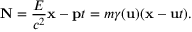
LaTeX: \mathbf { N } = { \frac { E } { c ^ { 2 } } } \mathbf { x } - \mathbf { p } t = m \gamma ( \mathbf { u } ) ( \mathbf { x } - \mathbf { u } t ) .